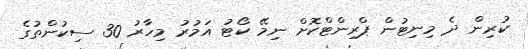
ކުރިން ދެ މިނިޓުން ޕްރިންޓްކޮށް ނިމޭ ކޯޓު އަމުރު މިހާރު 30 ސިކުންތުގެ